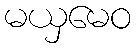
မယှမေဝ